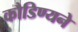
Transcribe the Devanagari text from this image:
कौडिण्यने